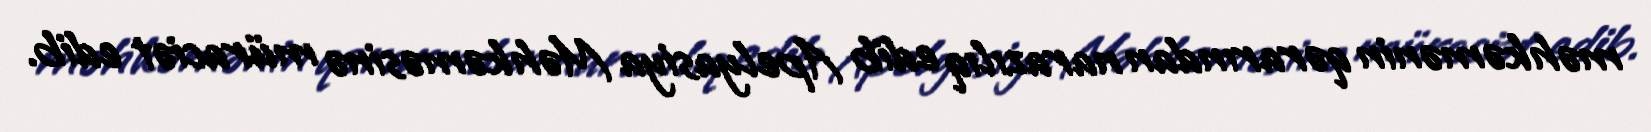
məhkəmənin qərarından narazılıq edib Apelyasiya Məhkəməsinə müraciət edib.